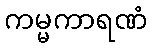
ကမ္မကာရဏံ